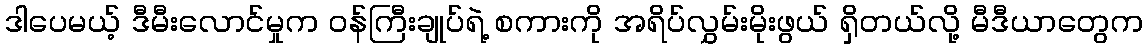
ဒါပေမယ့် ဒီမီးလောင်မှုက ဝန်ကြီးချုပ်ရဲ့ စကားကို အရိပ်လွှမ်းမိုးဖွယ် ရှိတယ်လို့ မီဒီယာတွေက